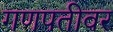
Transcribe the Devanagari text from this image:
गणपतीवर